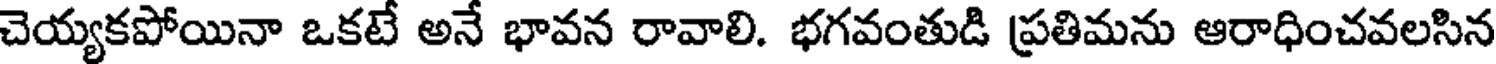
చెయ్యకపోయినా ఒకటే అనే భావన రావాలి. భగవంతుడి ప్రతిమను ఆరాధించవలసిన